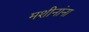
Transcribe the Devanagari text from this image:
मशीनांना